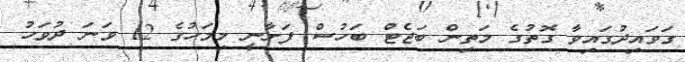
ގަވައިދުގައިވާ ގޮތުގެ މަތިން ބަޖެޓް ބަހުސް ފަށާނީ މިމަހުގެ 12 ވަނަ ދުވަހު